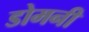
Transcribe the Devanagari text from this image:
डोमनी